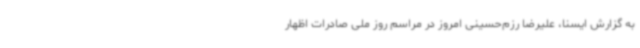
به گزارش ایسنا، علیرضا رزم‌حسینی امروز در مراسم روز ملی صادرات اظهار